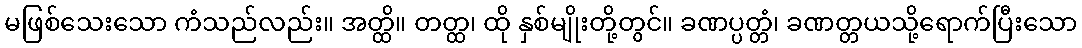
မဖြစ်သေးသော ကံသည်လည်း။ အတ္ထိ။ တတ္ထ၊ ထို နှစ်မျိုးတို့တွင်။ ခဏပ္ပတ္တံ၊ ခဏတ္တယသို့ရောက်ပြီးသော